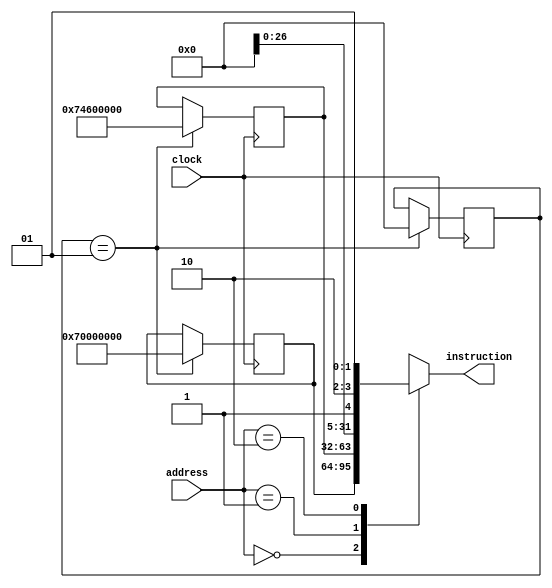
module SO_control (
	input clock,
	input [1:0] address,
	output [31:0] instruction
);

	integer init = 1;
	reg[31:0] ram[2:0];

	assign instruction = ram[address];
	
	always@(posedge clock) begin
		if(init == 1) begin
			//SEND_SO
			ram[0] <= {6'd28, 26'd0};
			//RECEIVE_SO
			ram[1] <= {6'd29, 5'd3, 21'd0};
			init = 0;
		end
	end

endmodule